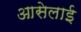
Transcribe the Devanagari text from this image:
आसेलाई